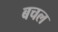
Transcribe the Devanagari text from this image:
बचल